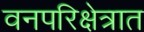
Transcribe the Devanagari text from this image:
वनपरिक्षेत्रात